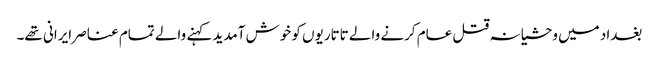
بغداد میں وحشیانہ قتل عام کرنے والے تاتاریوں کو خوش آمدید کہنے والے تمام عناصر ایرانی تھے۔